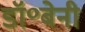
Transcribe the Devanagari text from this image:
डॉ॰बेनी